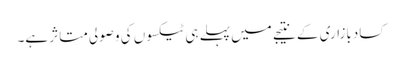
کسادبازاری کے نتیجے میں پہلے ہی ٹیکسوں کی وصولی متاثر ہے۔